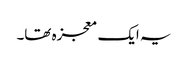
یہ ایک معجزہ تھا۔